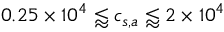
0 . 2 5 \times 1 0 ^ { 4 } \lessapprox c _ { s , a } \lessapprox 2 \times 1 0 ^ { 4 }